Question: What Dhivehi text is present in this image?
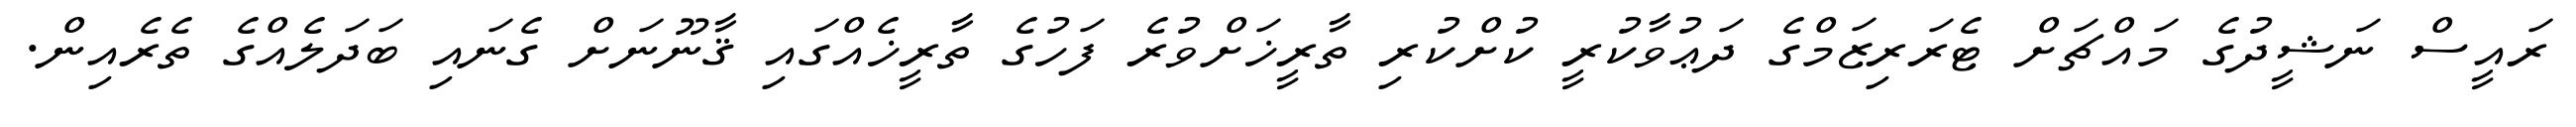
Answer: ރައީސް ނަޝީދުގެ މައްޗަށް ޓެރަރިޒަމްގެ ދަޢުވާކުރީ ކުށްކުރި ތާރީޚަށްވުރެ ފަހުގެ ތާރީޚެއްގައި ޤާނޫނަށް ގެނައި ބަދަލެއްގެ ތެރެއިން.